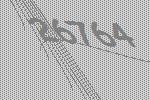
26764